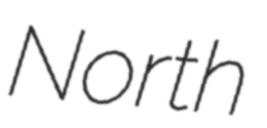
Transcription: North